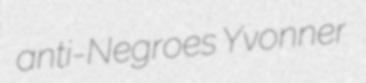
anti-Negroes Yvonner